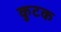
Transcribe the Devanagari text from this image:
कुटक